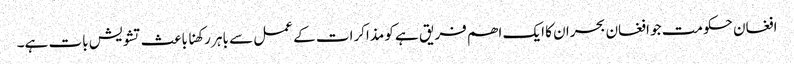
افغان حکومت جو افغان بحران کا ایک اھم فریق ہے کو مذاکرات کے عمل سے باہر رکھنا باعث تشویش بات ہے۔